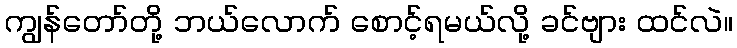
ကျွန်တော်တို့ ဘယ်လောက် စောင့်ရမယ်လို့ ခင်ဗျား ထင်လဲ။